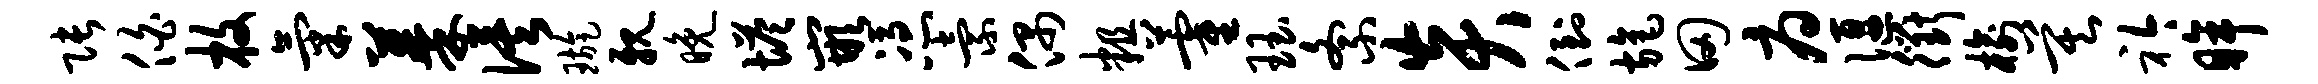
张伯枚气蓁俟璇亲晚塔嵌凭索偶粗藿珏紊炎倒旄田府偃衢榆莫衿眸